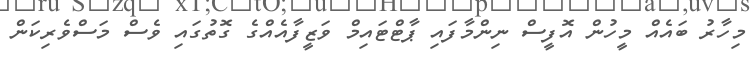
މިހާރު ބައެއް މީހުން އޮފީސް ނިންމާފައި ޕާޓްޓައިމް ވަޒީފާއެއްގެ ގޮތުގައި ވެސް މަސްވެރިކަން